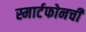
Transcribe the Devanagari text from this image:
स्मार्टफोनची